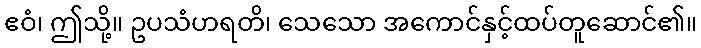
ဧဝံ၊ ဤသို့။ ဥပသံဟရတိ၊ သေသော အကောင်နှင့်ထပ်တူဆောင်၏။